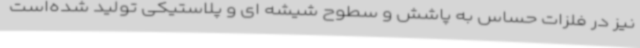
نیز در فلزات حساس به پاشش و سطوح شیشه ای و پلاستیکی تولید شده‌است